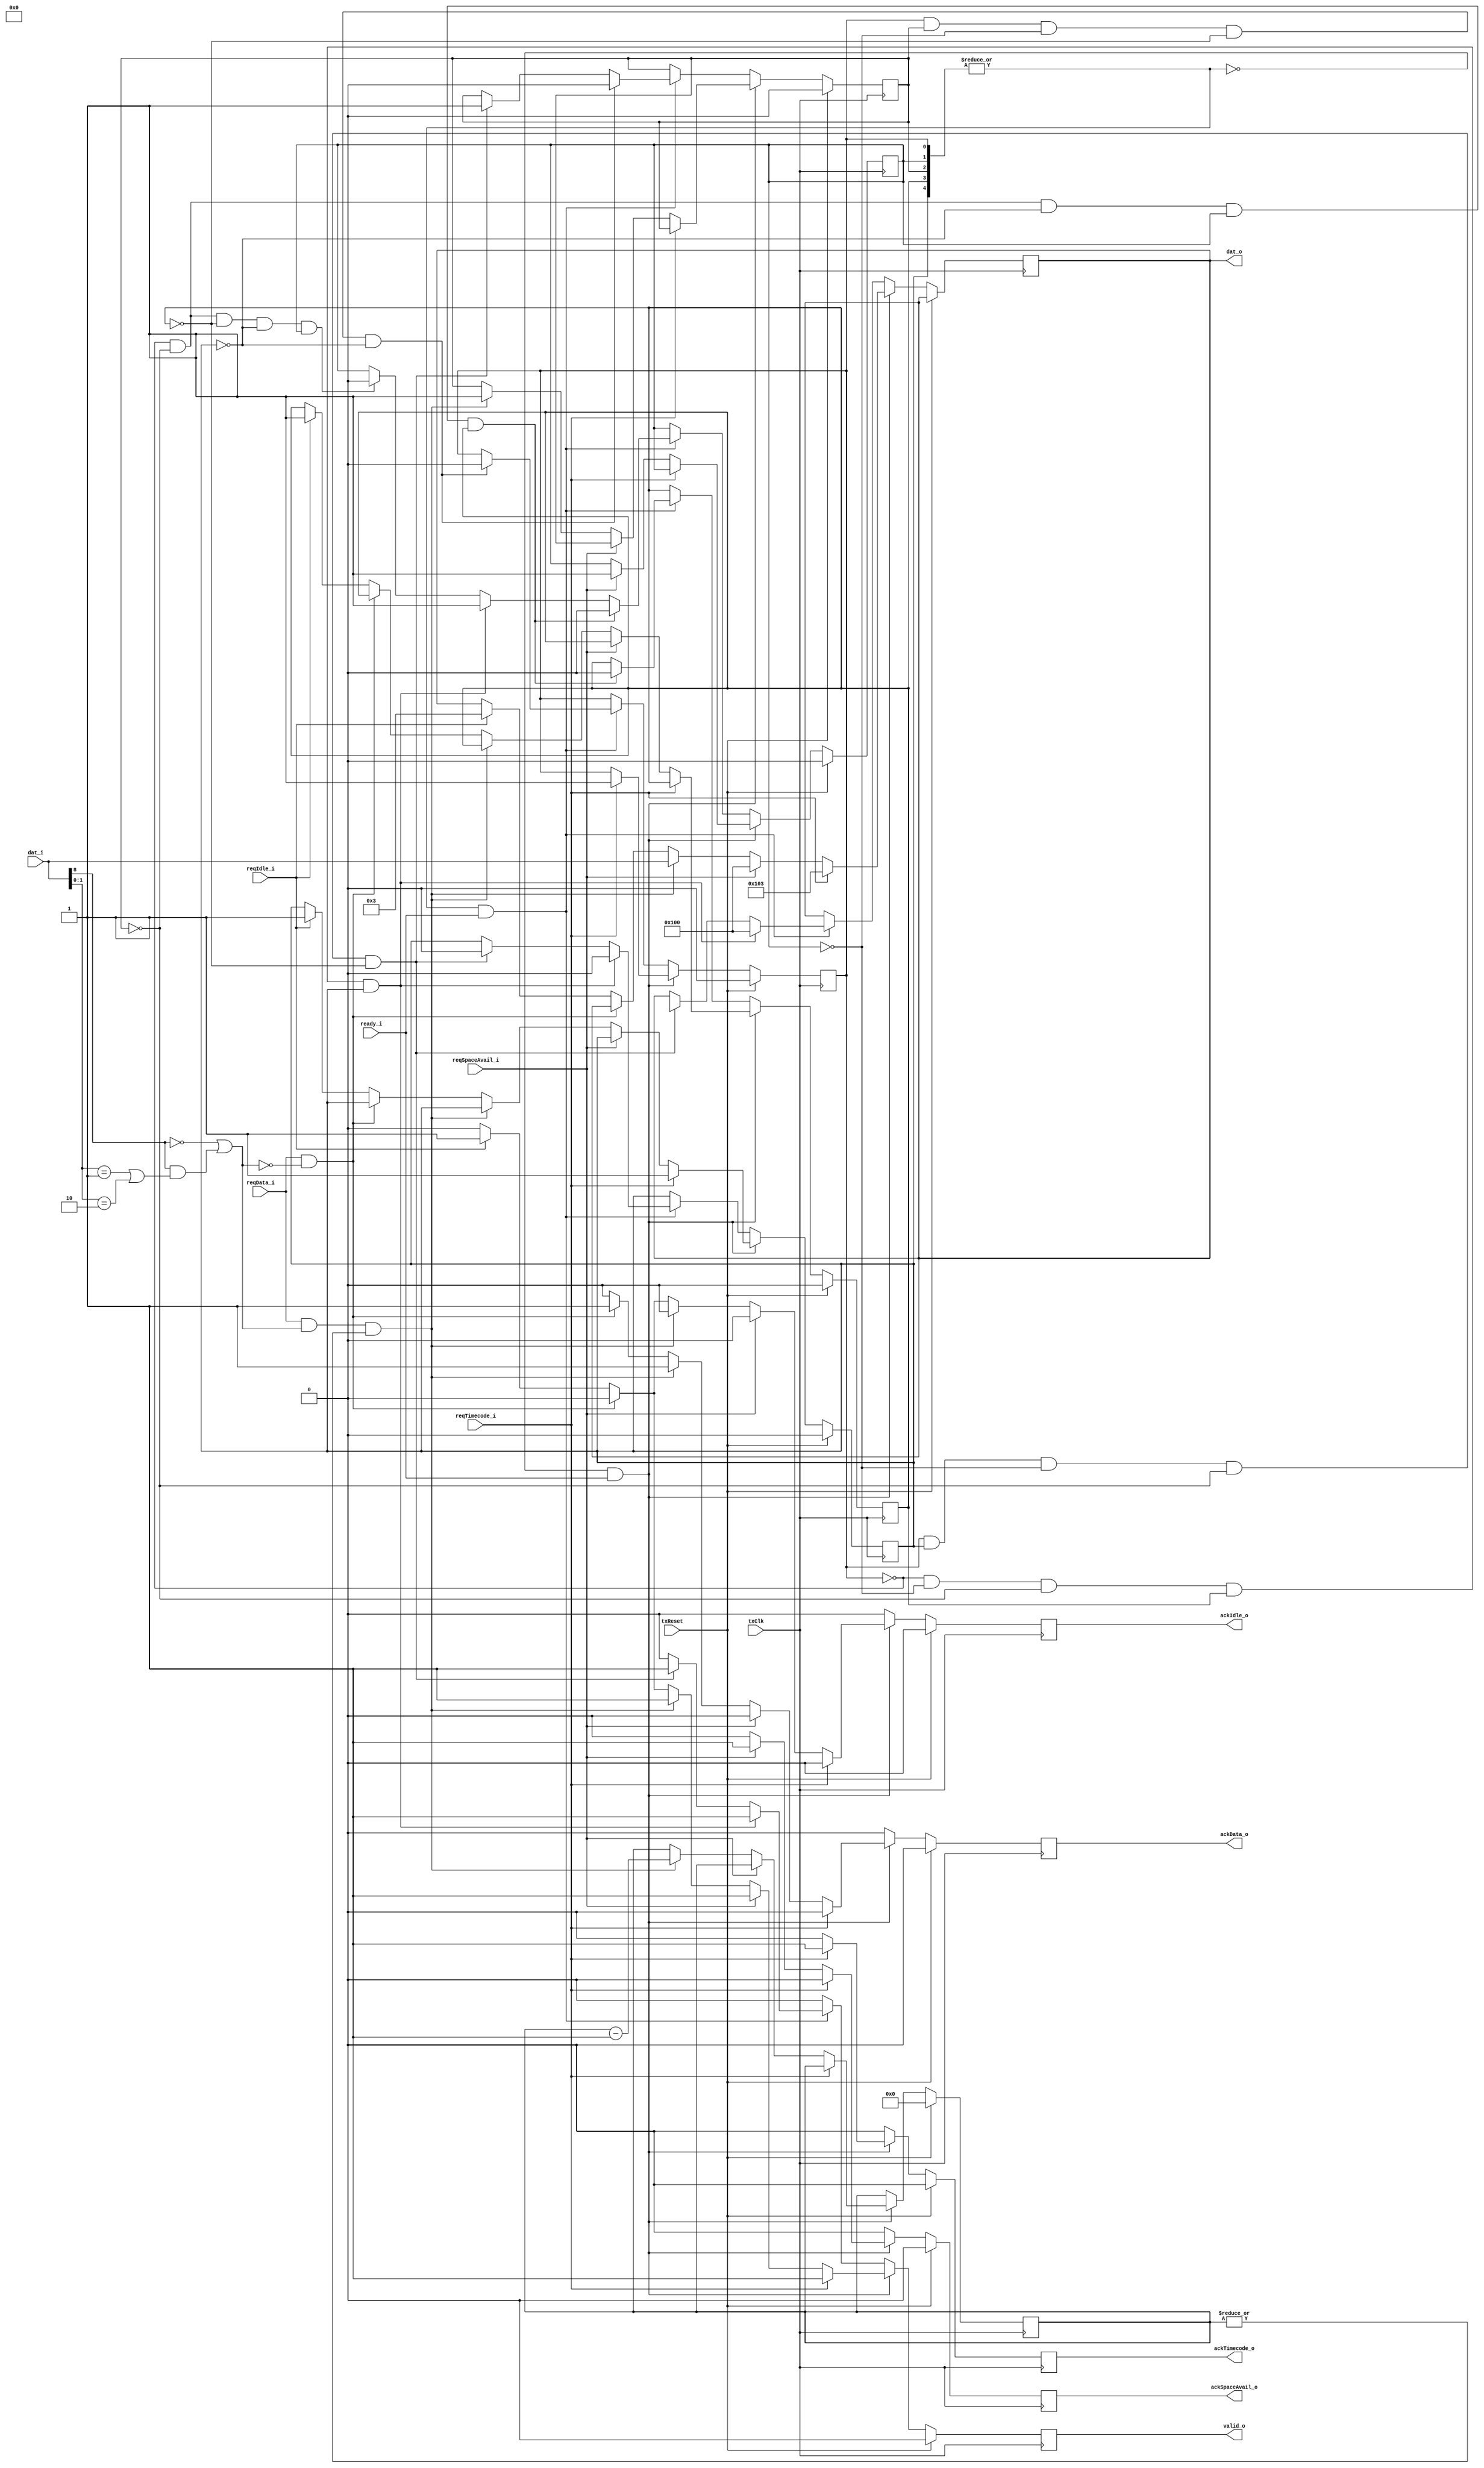
module tx_DS_sel(
	input		txClk,
	input		txReset,
	input		ready_i,
	input		reqTimecode_i,
	input		reqSpaceAvail_i,
	input		reqData_i,
	input		reqIdle_i,
	input	[8:0]	dat_i,
	output		ackTimecode_o,
	output		ackSpaceAvail_o,
	output		ackData_o,
	output		ackIdle_o,
	output		valid_o,
	output	[8:0]	dat_o
);
	reg		sendingTimecode,
			sendingCredit,
			sendingData,
			sendingIdle,
			escPending;
	reg	[5:0]	txCredit;
	reg		ackTimecode_o, ackSpaceAvail_o, ackData_o, ackIdle_o, valid_o;

	wire		haveCredit = |txCredit;
	wire		isBusy = |{sendingTimecode, sendingCredit, sendingData, sendingIdle, escPending};
	wire		isNChar = dat_i[8] == 0;
	wire		isEOP = (dat_i[8] == 1) && ((dat_i[1:0] == 2'b01) || (dat_i[1:0] == 2'b10));
	wire		isValid = isNChar | isEOP;

	always @(posedge txClk) begin
		sendingTimecode <= sendingTimecode;
		sendingCredit <= sendingCredit;
		sendingData <= sendingData;
		sendingIdle <= sendingIdle;
		escPending <= escPending;
		txCredit <= txCredit;

		valid_o <= 0;
		ackTimecode_o <= 0;
		ackSpaceAvail_o <= 0;
		ackData_o <= 0;
		ackIdle_o <= 0;

		if(txReset) begin
			sendingTimecode <= 0;
			sendingCredit <= 0;
			sendingData <= 0;
			sendingIdle <= 0;
			escPending <= 0;
			txCredit <= 0;
		end
		else begin
			if(~isBusy && ready_i) begin
				if(reqTimecode_i) begin
					ackTimecode_o <= 1;
					sendingTimecode <= 1;
					escPending <= 1;
					dat_o <= 9'b1_0000_0011;
					valid_o <= 1;
				end
				else if(reqSpaceAvail_i) begin
					ackSpaceAvail_o <= 1;
					sendingCredit <= 1;
					dat_o <= 9'b1_0000_0000;
					valid_o <= 1;
				end
				else if(reqData_i && isValid && haveCredit) begin
					ackData_o <= 1;
					sendingData <= 1;
					dat_o <= dat_i;
					valid_o <= 1;
					txCredit <= txCredit - 1;
				end
				else if(reqData_i && ~isValid) begin
					ackData_o <= 1;
				end
				else if(reqIdle_i) begin
					ackIdle_o <= 1;
					sendingIdle <= 1;
					escPending <= 1;
					dat_o <= 8'b1_0000_0011;
					valid_o <= 1;
				end
			end
			else if(isBusy && ready_i) begin
				if(sendingTimecode && escPending && ~sendingCredit && ~sendingData && ~sendingIdle) begin
					escPending <= 0;
					sendingData <= 1;
					dat_o <= {1'b0, timecode_i};
					valid_o <= 1;
				end
				if(sendingTimecode && sendingData && ~sendingCredit && ~sendingIdle && ~escPending) begin
					sendingTimecode <= 0;
					sendingData <= 0;
				end
				if(~sendingTimecode && ~sendingData && ~sendingIdle && ~escPending && sendingCredit) begin
					sendingCredit <= 0;
				end
				if(~sendingTimecode && ~sendingCredit && ~sendingData && sendingIdle && escPending) begin
					escPending <= 0;
					sendingCredit <= 1;
					dat_o <= 9'b1_0000_0000;
					valid_o <= 1;
				end
				if(~sendingTimecode && ~sendingData && ~escPending && sendingCredit && sendingIdle) begin
					sendingCredit <= 0;
					sendingIdle <= 0;
				end
			end
		end
	end
endmodule